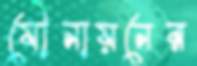
যৌনায়নের